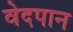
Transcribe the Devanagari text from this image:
वेदपान